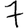
Digit: 7